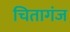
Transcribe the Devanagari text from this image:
चितागंज